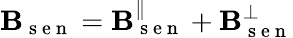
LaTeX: \mathbf{B}_{\mathrm{~s~e~n~}}=\mathbf{B}_{\mathrm{~s~e~n~}}^{\parallel}+\mathbf{B}_{\mathrm{~s~e~n~}}^{\perp}